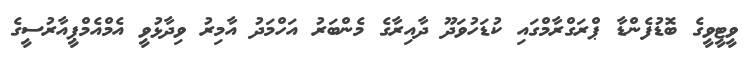
ވީޓީވީގެ ބޮޑުފެންޑާ ޕްރަގްރާމްގައި ކުޑަހުވަދޫ ދާއިރާގެ މެންބަރު އަހްމަދު އާމިރު ވިދާޅުވީ އެމްއެމްޕީއާރުސީގެ